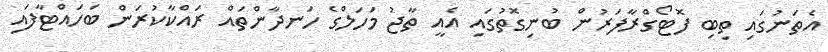
އެތަނުގައި ތިބި ފޮޓޯގްރާފަރުން ބުނިގޮތުގައި އެއީ ތާޖު މަހަލްގެ ހަނދާންތައް ރައްކާކުރަން ބަހައްޓާފައި